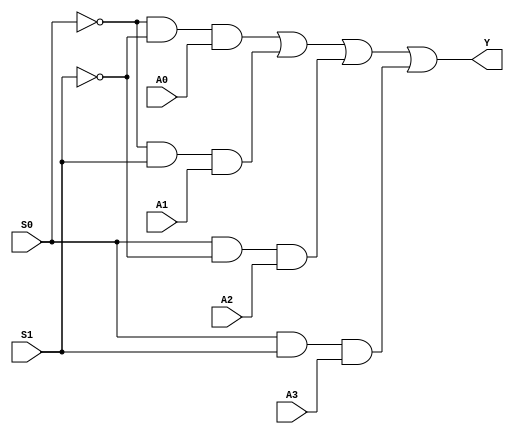
module mux4to1(A0, A1, A2, A3, S0, S1, Y);
input A0, A1, A2, A3, S0, S1; 
output Y;
wire w1 , w2; 

assign w1 = ~S0; 
assign w2 = ~S1; 
assign Y = (w1 & w2 & A0) | (w1 & S1 & A1) | (S0 & w2 & A2) | (S0 & S1 & A3);

endmodule


module testMux;
reg A0, A1, A2, A3, S0, S1; 
wire Y; 
    mux4to1 i(A0, A1, A2, A3, S0, S1, Y);
initial 
begin
        S0 = 1'b0; 
        S1= 1'b0;
        A0 = 1'b0; 
        A1 = 1'b0; 
        A2 = 1'b0; 
        A3 = 1'b0; 

        $monitor("Time = %0t, S1 = %b , S2 = %b , A0 = %b , A1 = %b , A2 = %b , A3 = %b , Y = %b", $time , S0, S1, A0, A1, A2, A3, Y);
        #5 S0=1'b0; S1=1'b0; A0=1'b1;
        #5 S0=1'b0; S1=1'b1; A1=1'b0;
        #5 S0=1'b0; S1=1'b1; A1=1'b1;
        #5 S0=1'b1; S1=1'b0; A2=1'b0;
        #5 S0=1'b1; S1=1'b0; A2=1'b1;
        #5 S0=1'b1; S1=1'b1; A3=1'b0;
        #5 S0=1'b1; S1=1'b1; A3=1'b1;
end
endmodule